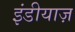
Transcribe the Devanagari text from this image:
इंडीयाज़